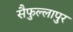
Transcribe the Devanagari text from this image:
सैफुल्लापुर